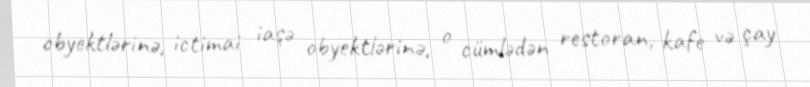
obyektlərinə, ictimai iaşə obyektlərinə, o cümlədən restoran, kafe və çay